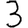
Digit: 3